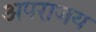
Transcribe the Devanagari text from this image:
अपराजय